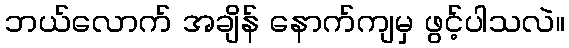
ဘယ်လောက် အချိန် နောက်ကျမှ ဖွင့်ပါသလဲ။